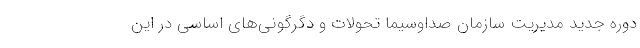
دوره جدید مدیریت سازمان صداوسیما تحولات و دگرگونی‌های اساسی در این